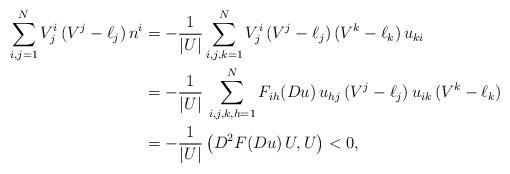
LaTeX: \begin{align*}\sum_{i, j=1}^NV^i_j \, (V^j-\ell_j)\, n^i&=-\frac{1}{|U|} \sum_{i, j, k=1}^NV^i_j\, (V^j-\ell_j)\, (V^k-\ell_k)\, u_{k i}\\&=- \frac{1}{|U|}\,\sum_{i,j,k,h=1}^N F_{i h}(Du)\, u_{h j}\, (V^j-\ell_j)\, u_{i k}\, (V^k-\ell_k)\\&= -\frac{1}{|U|}\, \big(D^2F(Du)\, U, U\big)< 0,\end{align*}